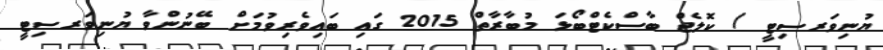
ޔުނިވަރސިޓީ / ކޮލެޖް ބާސްކެޓްބޯޅަ މުބާރާތް 2015 ގައި ބައިވެރިވުމަށް ބޭނުންވާ ޔުނިވަރސިޓީ